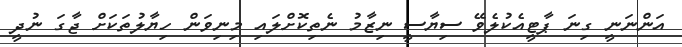
އަންނަނީ ގިނަ ޕާޓީއެކުލެވޭ ސިޔާސީ ނިޒާމު ނެތިކޮށްލައި މިނިވަން ހިޔާލުތަކަށް ޖާގަ ނުދީ